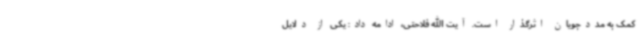
کمک به مددجویان اثرگذار است. آیت الله فلاحتی، ادامه داد: یکی از دلایل